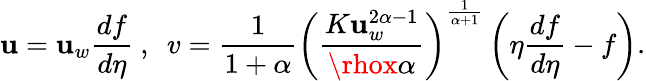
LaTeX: \mathbf{u}=\mathbf{u}_{w}\frac{{df}}{{d\eta}}~,~~v=\frac{{1}}{{1+\alpha}}\left(\frac{{K\mathbf{u}_{w}^{2\alpha-1}}}{{\rhox\alpha}}\right)^{\frac{{1}}{{\alpha+1}}}\left(\eta\frac{{df}}{{d\eta}}-f\right).